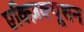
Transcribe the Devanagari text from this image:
एक्ज़िक्यूशन